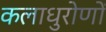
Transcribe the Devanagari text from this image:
कलाधुरोणों